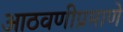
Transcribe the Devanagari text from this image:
आठवणीप्रमाणे